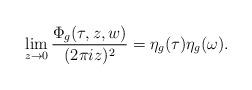
LaTeX: \begin{align*}\lim_{z\to 0}\frac{\Phi_g(\tau, z, w)}{(2\pi iz)^2} = \eta_g(\tau)\eta_g(\omega). \end{align*}